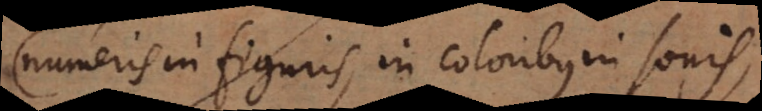
numeris in figuris, in coloribus in sonis,